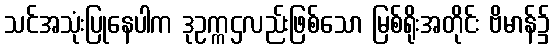
သင်အသုံးပြုနေပါက ဒုဥက္ကဌလည်းဖြစ်သော မြစ်ရိုးအတိုင်း ဗိမာန်၌